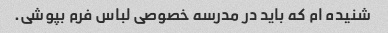
شنیده ام که باید در مدرسه خصوصی لباس فرم بپوشی.